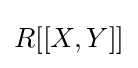
R[[X,Y]]